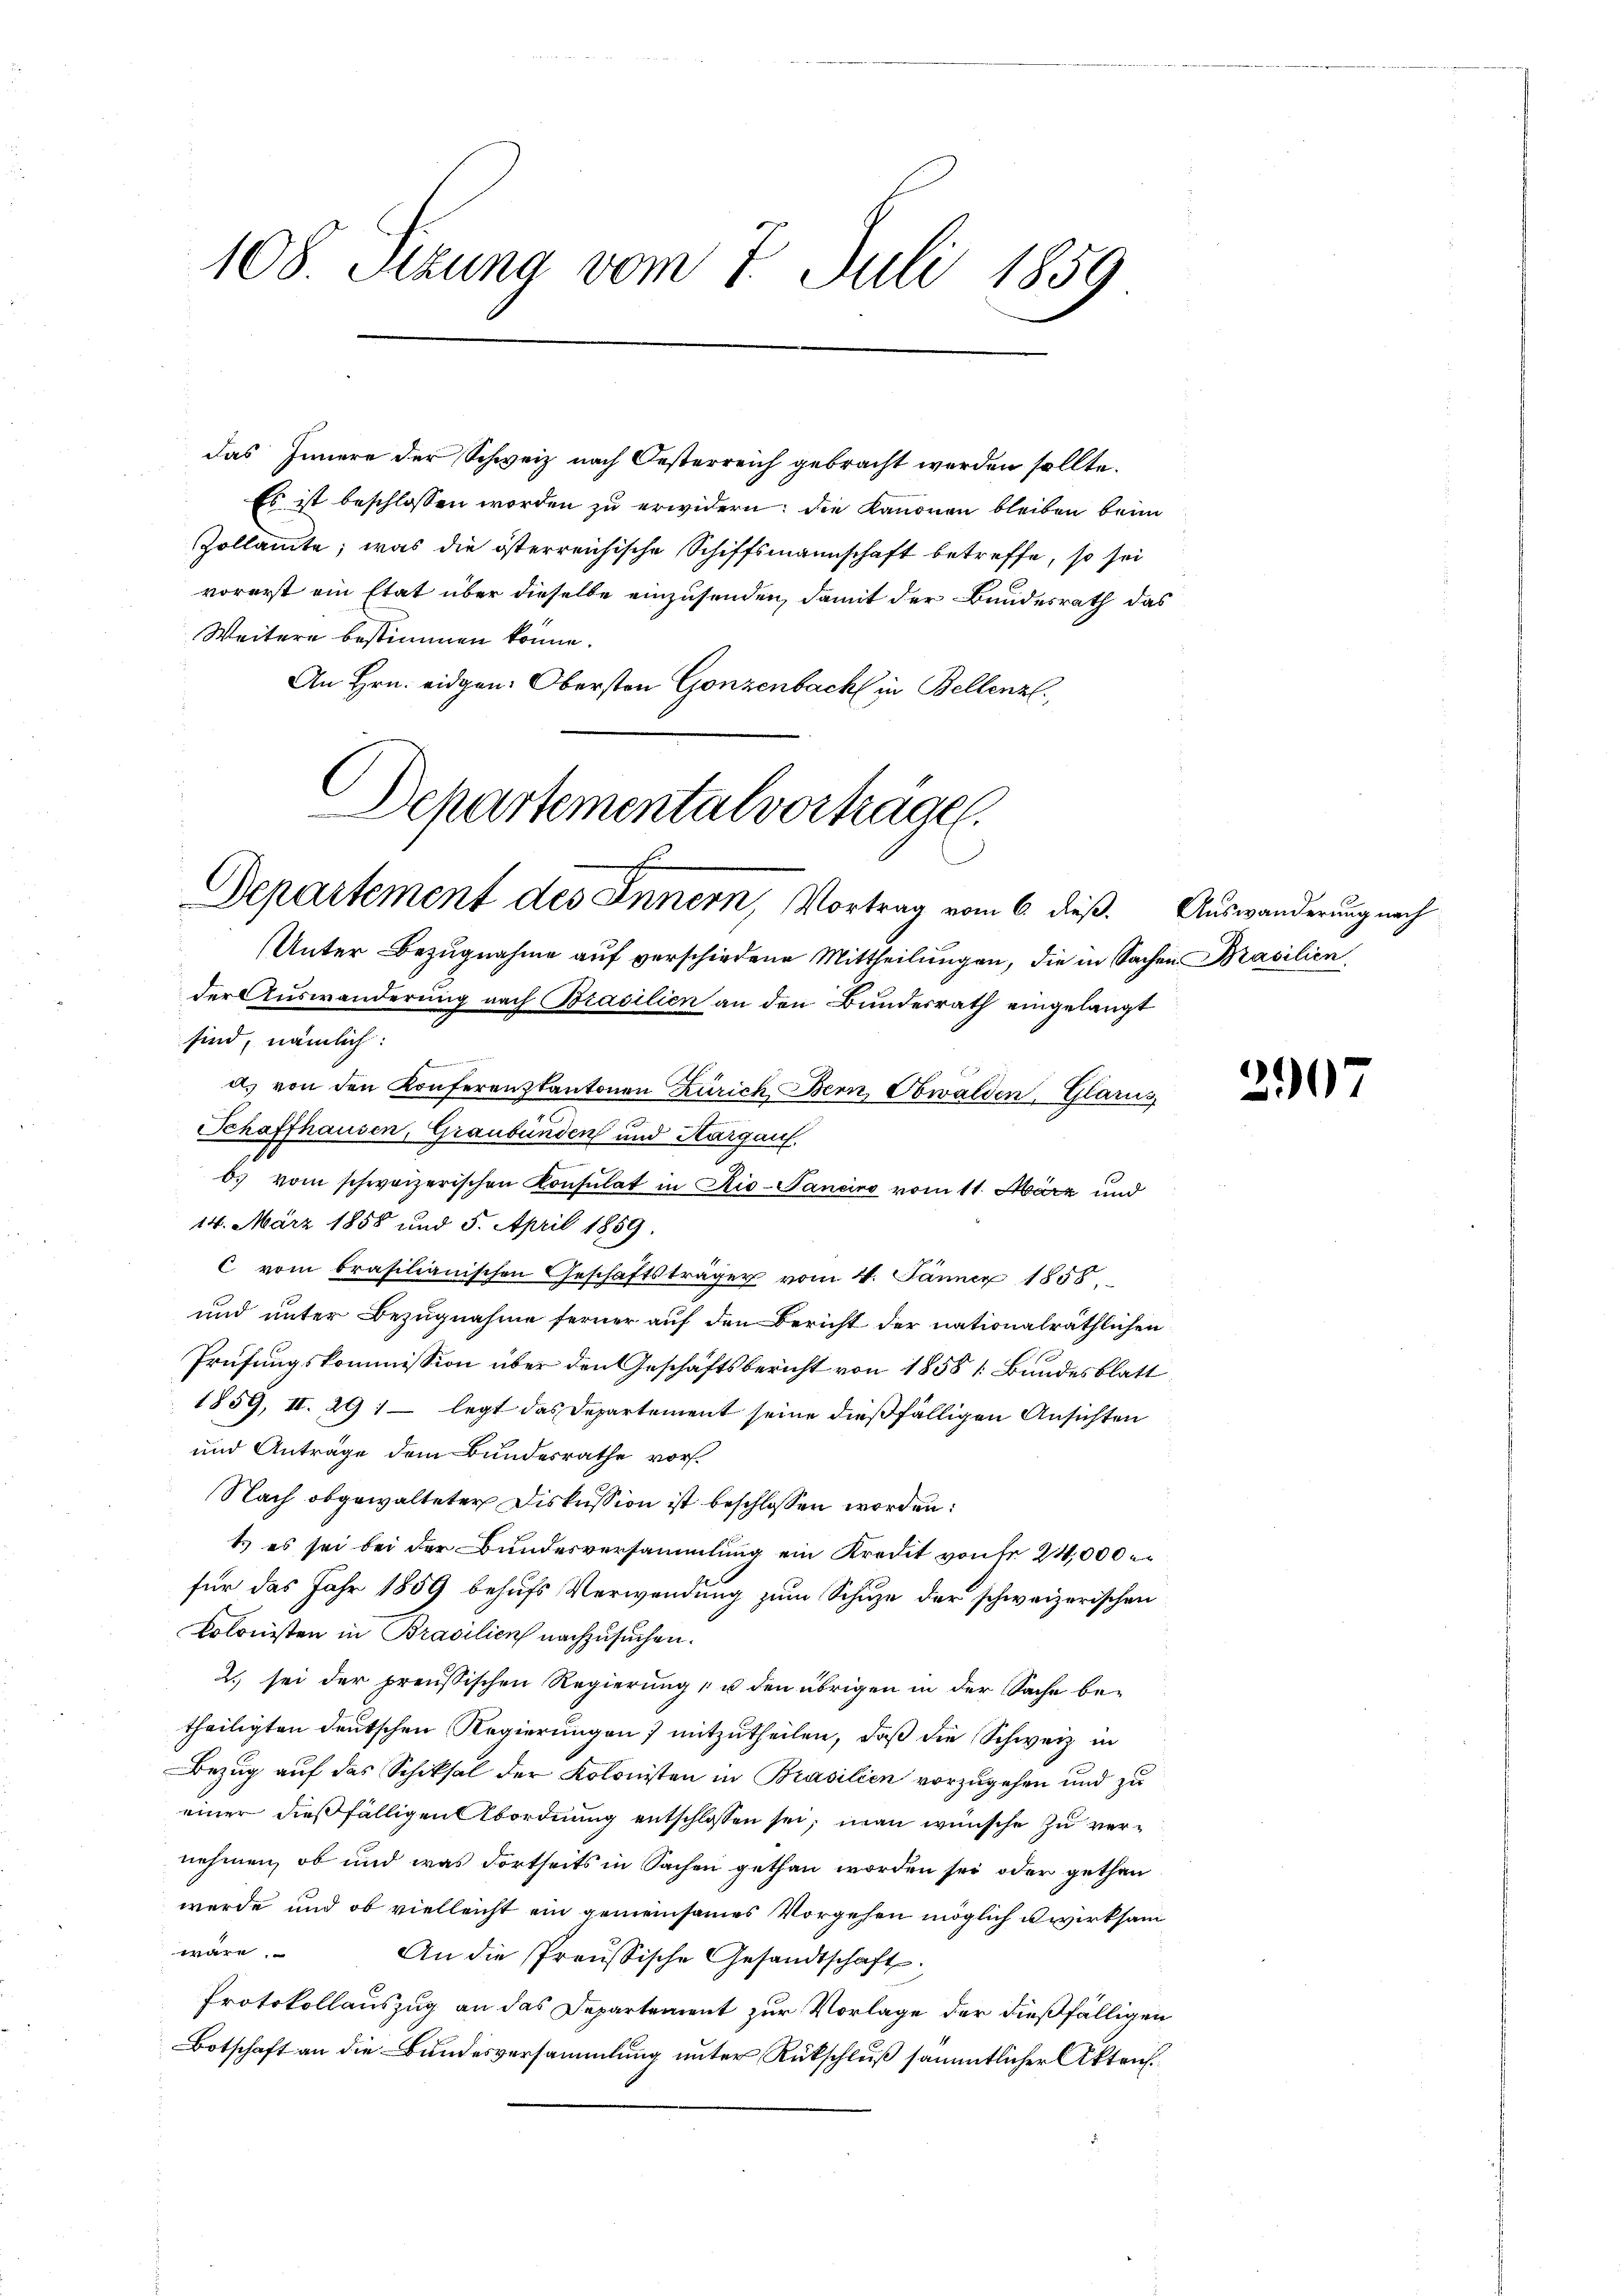
108. Stzung vom 7. Juli 1859

das Innere der Schweiz nach Oesterreich gebracht werden sollte.
Es ist beschlossen worden zu erwidern: die Kanonen bleiben beim
Zollamte, was die österreichische Schiffsmannschaft betreffe, so sei
vorerst ein Etat über dieselbe einzusenden, damit der Bundesrath das
Weitere bestimmen könne.
An Hrn. eidgen. Obersten Gonzenbach in Bellenzl.

Departementalvorträge.
E
Departement des Innern, Vortrag vom 6. dieß.

Unter Bezŭgnahme aŭf verschiedene Mittheilŭngen, die in Sachen Brasilien
der Auswanderung nach Brasilien an den Bundesrath eingelangt
sind, nämlich:
s
a) von den Konferenzkantonen Zürich Bern, Obwalden, Glarus
Schaffhausen, Graubünden und Aargau.
b. vom schweizerischen Konsulat in Rio-Taneiro vom 11. März und
14. März 1858 und 5. April 1859.
C vom brasilianischen Geschäftsträger vom 4. Jänner 1858.
und unter Bezugnahme ferner auf den Bericht der nationalräthlichen
Prüfungskommission über den Geschäftsbericht von 1858 1: Bundesblatt
1859, II. 291 – legt das Departement seine dießfälligen Ansichten
und Antrage dem Bundesrathe vor¬
Nach obgewalteter Diskussion ist beschlossen worden:
t es sei bei der Bundesversammlung ein Kredit von fr. 24,000
für das Jahr 1859 behufs Verwendung zum Schuze der schweizerischen
kolonisten in Brasilien nachzusuchen.
2) sei der preußischen Regierung, u den übrigen in der Sache be-
theiligten deutschen Regierungen) mitzutheilen, daß die Schweiz in
Bezug auf das Schiksal der Kolonisten in Brasilien vorzugehen und zu
einer dießfälligen Abordnung entschlossen sei, man wünsche zu vernehmen, ob und was dortseits in Sachen gethan worden sei oder gethan
werde und ob vielleicht ein gemeinsames Vorgehen möglich wirksam
wäre.
An die Preussische Gesandtschaft.
Protokollauszug an das Departement zur Vorlage der dießfälligen
Botschaft an die Bundesversammlung unter Rückschluß sämmtlicher Akten.

Auswanderung nach

390